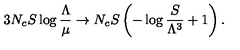
3 N _ { c } S \log { \frac { \Lambda } { \mu } } \to N _ { c } S \left( - \log { \frac { S } { \Lambda ^ { 3 } } } + 1 \right) .